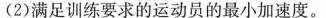
(2)满足训练要求的运动员的最小加速度。